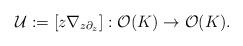
LaTeX: \begin{align*}\mathcal U :=[z\nabla_{z\partial_{z}}]:\mathcal O (K)\rightarrow \mathcal O (K).\end{align*}